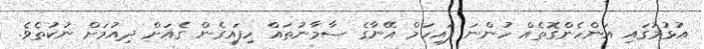
އުޅުމުގައި އަންހެންގޮތެއް ހުންނަ ފައިހަމް އޭނާގެ ސާމާނުތައް ހިފައިގެން ގެއަށް ދިއުމަށް ނުކުތެވެ.